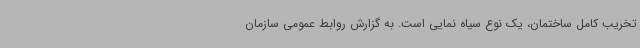
تخریب کامل ساختمان، یک نوع سیاه نمایی است. به گزارش روابط عمومی سازمان